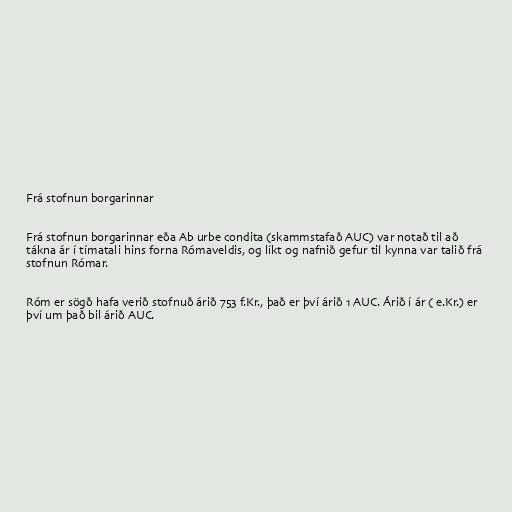
Frá stofnun borgarinnar

Frá stofnun borgarinnar eða Ab urbe condita (skammstafað AUC) var notað til að
tákna ár í tímatali hins forna Rómaveldis, og líkt og nafnið gefur til kynna var talið frá
stofnun Rómar.

Róm er sögð hafa verið stofnuð árið 753 f.Kr., það er því árið 1 AUC. Árið í ár ( e.Kr.) er
því um það bil árið AUC.